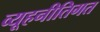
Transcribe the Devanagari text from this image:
व्यूहनीतिगत